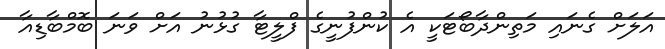
އަލަށް ގެނައި މަތިންދާބޯޓަކީ އެ ކުންފުނީގެ ފްލީޓާ ގުޅުނު އަށް ވަނަ ބޮމްބާޑިއާ